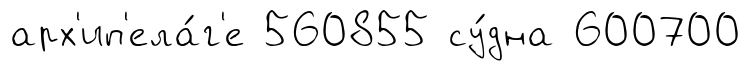
арх'ип'ела́г'е 560855 су́дна 600700